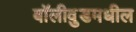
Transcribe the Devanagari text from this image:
बॉलीवुडमधील